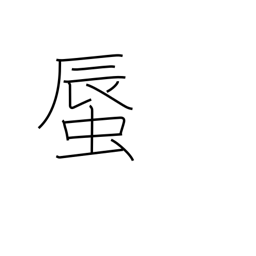
Meaning: clam